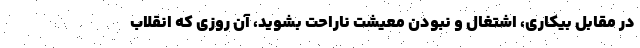
در مقابل بیکاری، اشتغال و نبودن معیشت ناراحت بشوید، آن روزی که انقلاب